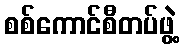
စစ်ကောင်စီတပ်ဖွဲ့